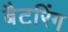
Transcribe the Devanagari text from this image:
बैटरिंग